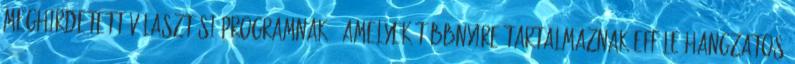
meghirdetett választási programnak – amelyek többnyire tartalmaznak efféle hangzatos